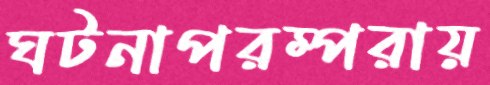
ঘটনাপরম্পরায়